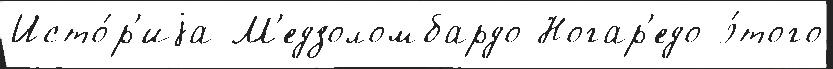
Исто́р'иjа М'едзоломбардо Ногар'едо э́того